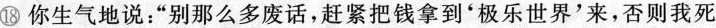
⑱你生气地说：“别那么多废话，赶紧把钱拿到‘极乐世界’来，否则我死